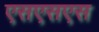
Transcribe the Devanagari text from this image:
एसएसएस